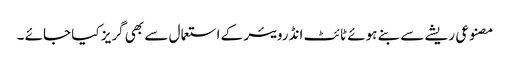
مصنوعی ریشے سے بنے ہوئے ٹائٹ انڈرویئر کے استعما ل سے بھی گریز کیا جائے ۔